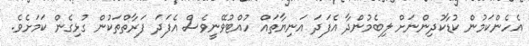
އެހެންކަމުން ކުޑާކުދިންނަށް ލިބެމުންދާ އެފަދަ އަނިޔާތައް ހުއްޓުވޭނީވެސް އެފަދަ ފަރާތްތަކުން ގުޅިގެން ކަމަށެވެ.